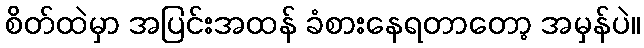
စိတ်ထဲမှာ အပြင်းအထန် ခံစားနေရတာတော့ အမှန်ပဲ။